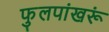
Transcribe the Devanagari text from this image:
फुलपांखरूं